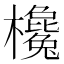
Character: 欃